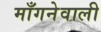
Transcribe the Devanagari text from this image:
माँगनेवाली